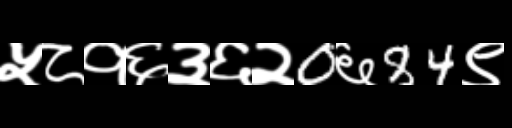
Text: ५८१६३६२0६84९